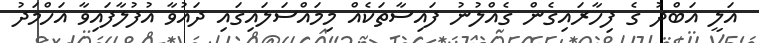
އަލީ އަބްދު ގެ ފިހާރައިގެން ގެއްލުނު ފައިސާތަކެއް މިމައްސަލައިގައި ދައުވާ އުފުލާފައިވާ އަހްމަދު